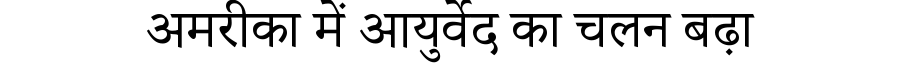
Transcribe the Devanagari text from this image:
अमरीका में आयुर्वेद का चलन बढ़ा